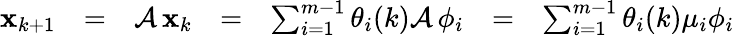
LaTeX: \begin{array}{ccccccc}{{\mathbf x}_{k+1}}&{=}&{\mathcal{A}\, {\mathbf x}_{k}}&{=}&{\sum_{i=1}^{m-1}\theta_{i}(k)\mathcal{A}\, {\mathbf\phi}_{i}}&{=}&{\sum_{i=1}^{m-1}\theta_{i}(k)\mu_{i}{\mathbf\phi}_{i}}\end{array}